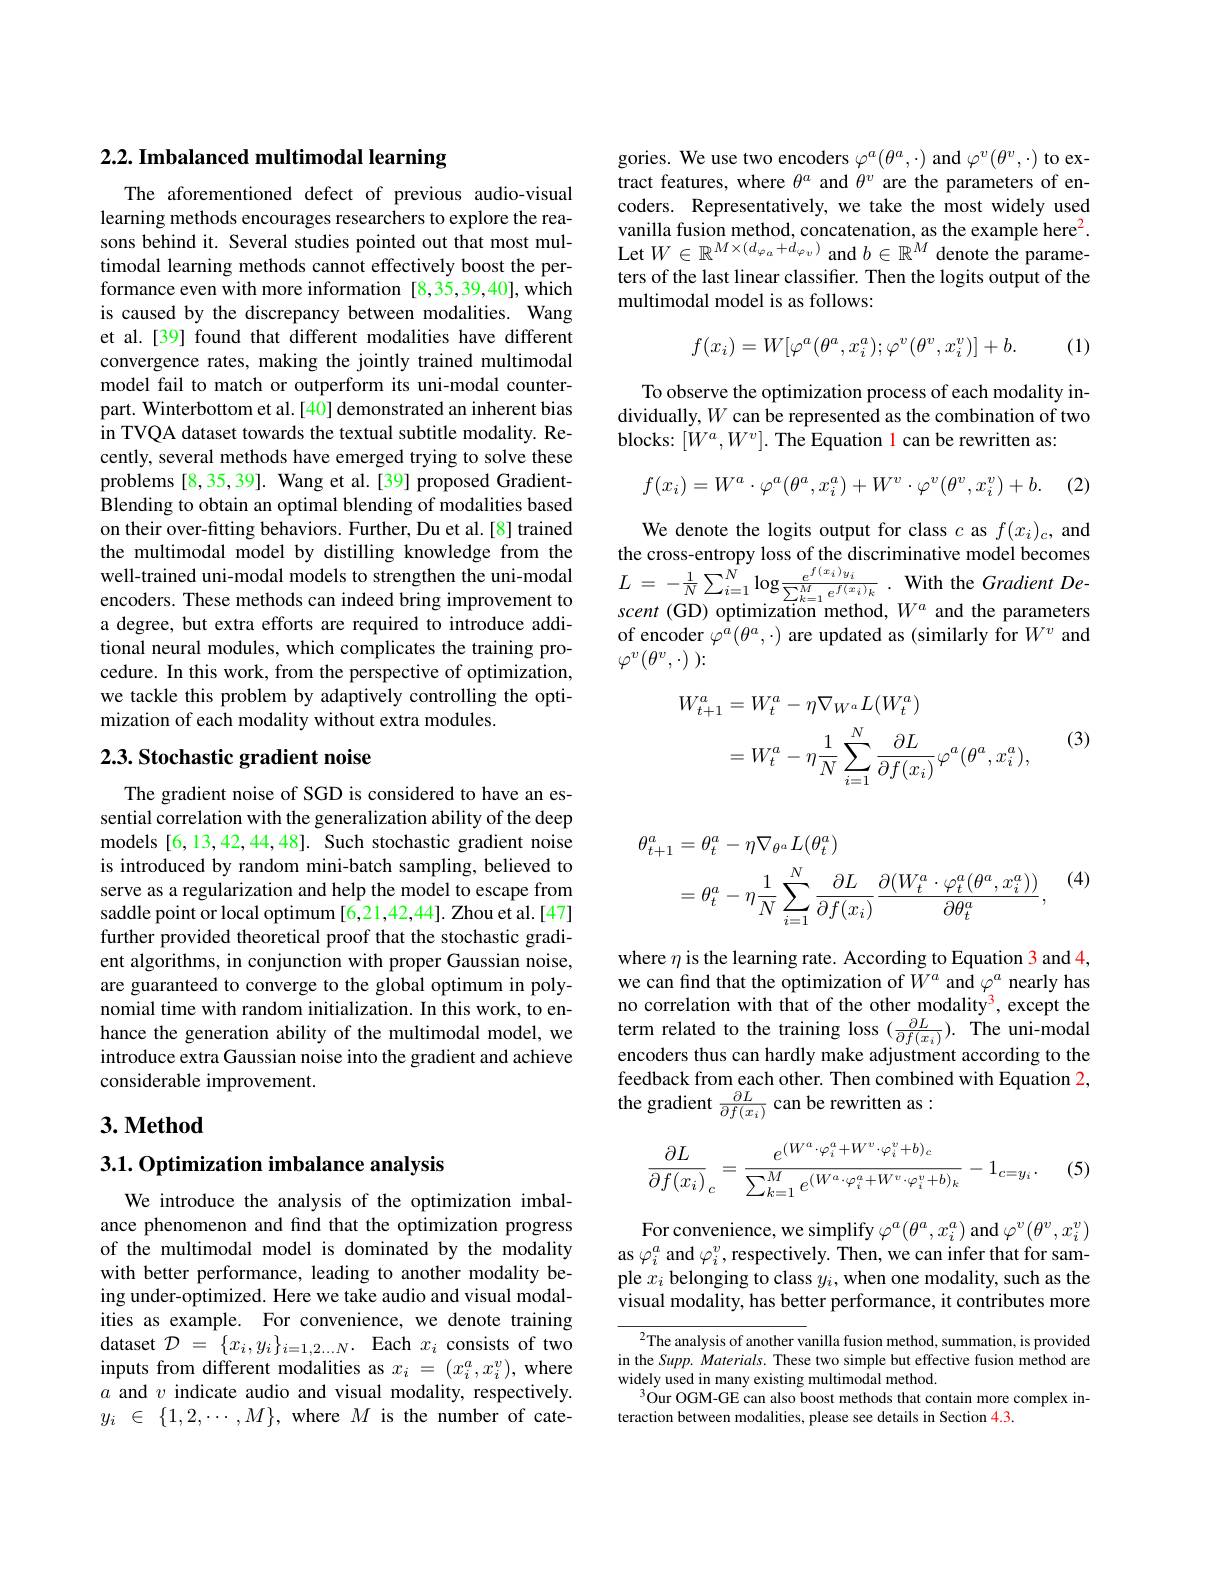
## 2.2. Imbalanced multimodal learning

The aforementioned defect of previous audio-visual learning methods encourages researchers to explore the reasons behind it. Several studies pointed out that most multimodal learning methods cannot effectively boost the performance even with more information [8,35,39,40],which is caused by the discrepancy between modalities. Wang et al.[39] found that different modalities have different convergence rates, making the jointly trained multimodal model fail to match or outperform its uni-modal counterpart. Winterbottom et al.[40] demonstrated an inherent bias in TVQA dataset towards the textual subtitle modality. Recently, several methods have emerged trying to solve these problems [8,35,39]. Wang et al.[39] proposed GradientBlending to obtain an optimal blending of modalities based on their over-fitting behaviors. Further, Du et al.[8] trained the multimodal model by distilling knowledge from the well-trained uni-modal models to strengthen the uni-modal encoders. These methods can indeed bring improvement to a degree, but extra efforts are required to introduce additional neural modules, which complicates the training procedure. In this work, from the perspective of optimization, we tackle this problem by adaptively controlling the optimization of each modality without extra modules.

## $2. 3. \textbf{ Stochastic gradient noise}$

The gradient noise of SGD is considered to have an essential correlation with the generalization ability of the deep models [6,13,42,44,48]. Such stochastic gradient noise is introduced by random mini-batch sampling, believed to serve as a regularization and help the model to escape from saddle point or local optimum [6,21,42,44]. Zhou et al.[47] further provided theoretical proof that the stochastic gradient algorithms, in conjunction with proper Gaussian noise, are guaranteed to converge to the global optimum in polynomial time with random initialization. In this work, to enhance the generation ability of the multimodal model, we introduce extra Gaussian noise into the gradient and achieve considerable improvement.

## $3. \textbf{ Method}$

3.1. Optimization imbalance analysis

We introduce the analysis of the optimization imbalance phenomenon and find that the optimization progress of the multimodal model is dominated by the modality with better performance, leading to another modality being under-optimized. Here we take audio and visual modalities as example. For convenience, we denote training dataset $\mathcal{D}=\{x_{i},y_{i}\}_{i=1,2...N}.$ Each $x_{i}$ consists of two inputs from different modalities as $x_i=(x_i^a,x_i^v)$, where $a$ and $v$ indicate audio and visual modality, respectively. $y_i$ $\in$ $\{ 1, 2, \cdots , M\} $, where $M$ is the number of cate-

gories. We use two encoders $\varphi^a(\theta^a,\cdot)$ and $\varphi^v(\theta^v,\cdot)$ to extract features, where $\theta^a$ and $\theta^v$ are the parameters of encoders. Representatively, we take the most widely used vanilla fusion method, concatenation, as the example here$^2.$ Let $W\in\mathbb{R}^{M\times(d_{\varphi_a}+d_{\varphi_v})}$ and $b\in\mathbb{R}^M$ denote the parameters of the last linear classifier. Then the logits output of the multimodal model is as follows:
$$f(x_i)=W[\varphi^a(\theta^a,x_i^a);\varphi^v(\theta^v,x_i^v)]+b.$$
(1)

To observe the optimization process of each modality individually, $W$ can be represented as the combination of two blocks: $[W^a,W^v].$ The Equation 1 can be rewritten as:
$$f(x_i)=W^a\cdot\varphi^a(\theta^a,x_i^a)+W^v\cdot\varphi^v(\theta^v,x_i^v)+b.$$
(2)

We denote the logits output for class $c$ as $f(x_i)_c$, and the cross-entropy loss of the discriminative model becomes $L$ = $- \frac 1N\sum _{i= 1}^{N}\log \frac {e^{f( x_{i}) y_{i}}}{\sum _{k= 1}^{M}e^{f( x_{i}) _{k}}}$ . With the Gradient Descent (GD) optimization method, $W^a$ and the parameters of encoder $\varphi^a(\theta^a,\cdot)$ are updated as (similarly for $W^v$ and $\varphi ^{v}( \theta ^{v}, \cdot )$ ):
$$\begin{aligned}W_{t+1}^{a}&=W_{t}^{a}-\eta\nabla_{W^{a}}L(W_{t}^{a})\\&=W_{t}^{a}-\eta\frac{1}{N}\sum_{i=1}^{N}\frac{\partial L}{\partial f(x_{i})}\varphi^{a}(\theta^{a},x_{i}^{a}),\end{aligned}$$
(3)

(4)
$$\begin{aligned}\theta_{t+1}^{a}&=\theta_{t}^{a}-\eta\nabla_{\theta^{a}}L(\theta_{t}^{a})\\&=\theta_t^a-\eta\frac{1}{N}\sum_{i=1}^N\frac{\partial L}{\partial f(x_i)}\frac{\partial(W_t^a\cdot\varphi_t^a(\theta^a,x_i^a))}{\partial\theta_t^a},\end{aligned}$$
where $\eta$ is the learning rate. According to Equation 3 and 4, we can find that the optimization of $W^a$ and $\varphi^a$ nearly has no correlation with that of the other modality$^{3}$, except the term related to the training loss $(\frac{\partial L}{\partial f(x_{i})}).$ The uni-modal encoders thus can hardly make adjustment according to the feedback from each other. Then combined with Equation 2, the gradient $\frac{\partial L}{\partial f(x_{i})}$ can be rewritten as:
$$\frac{\partial L}{\partial f(x_i)}_{c}=\frac{e^{(W^a\cdot\varphi_i^a+W^v\cdot\varphi_i^v+b)_c}}{\sum_{k=1}^Me^{(W^a\cdot\varphi_i^a+W^v\cdot\varphi_i^v+b)_k}}-1_{c=y_i}.$$
(5)

For convenience, we simplify $\varphi^a(\theta^a,x_i^a)$ and $\varphi^v(\theta^v,x_i^v)$ as $\varphi_i^a$ and $\varphi_i^v$,respectively. Then, we can infer that for sample $x_i$ belonging to class $y_i$,when one modality, such as the visual modality, has better performance, it contributes more

${^2\text{The analysis of another vanilla fusion method, summation, is provided}}$ in the Supp. Materials. These two simple but effective fusion method are widely used in many existing multimodal method.
$^{3}\tilde{\text{Our OGM-GE can also boost methods that contain more complex in-}}$
teraction between modalities, please see details in Section 4.3.